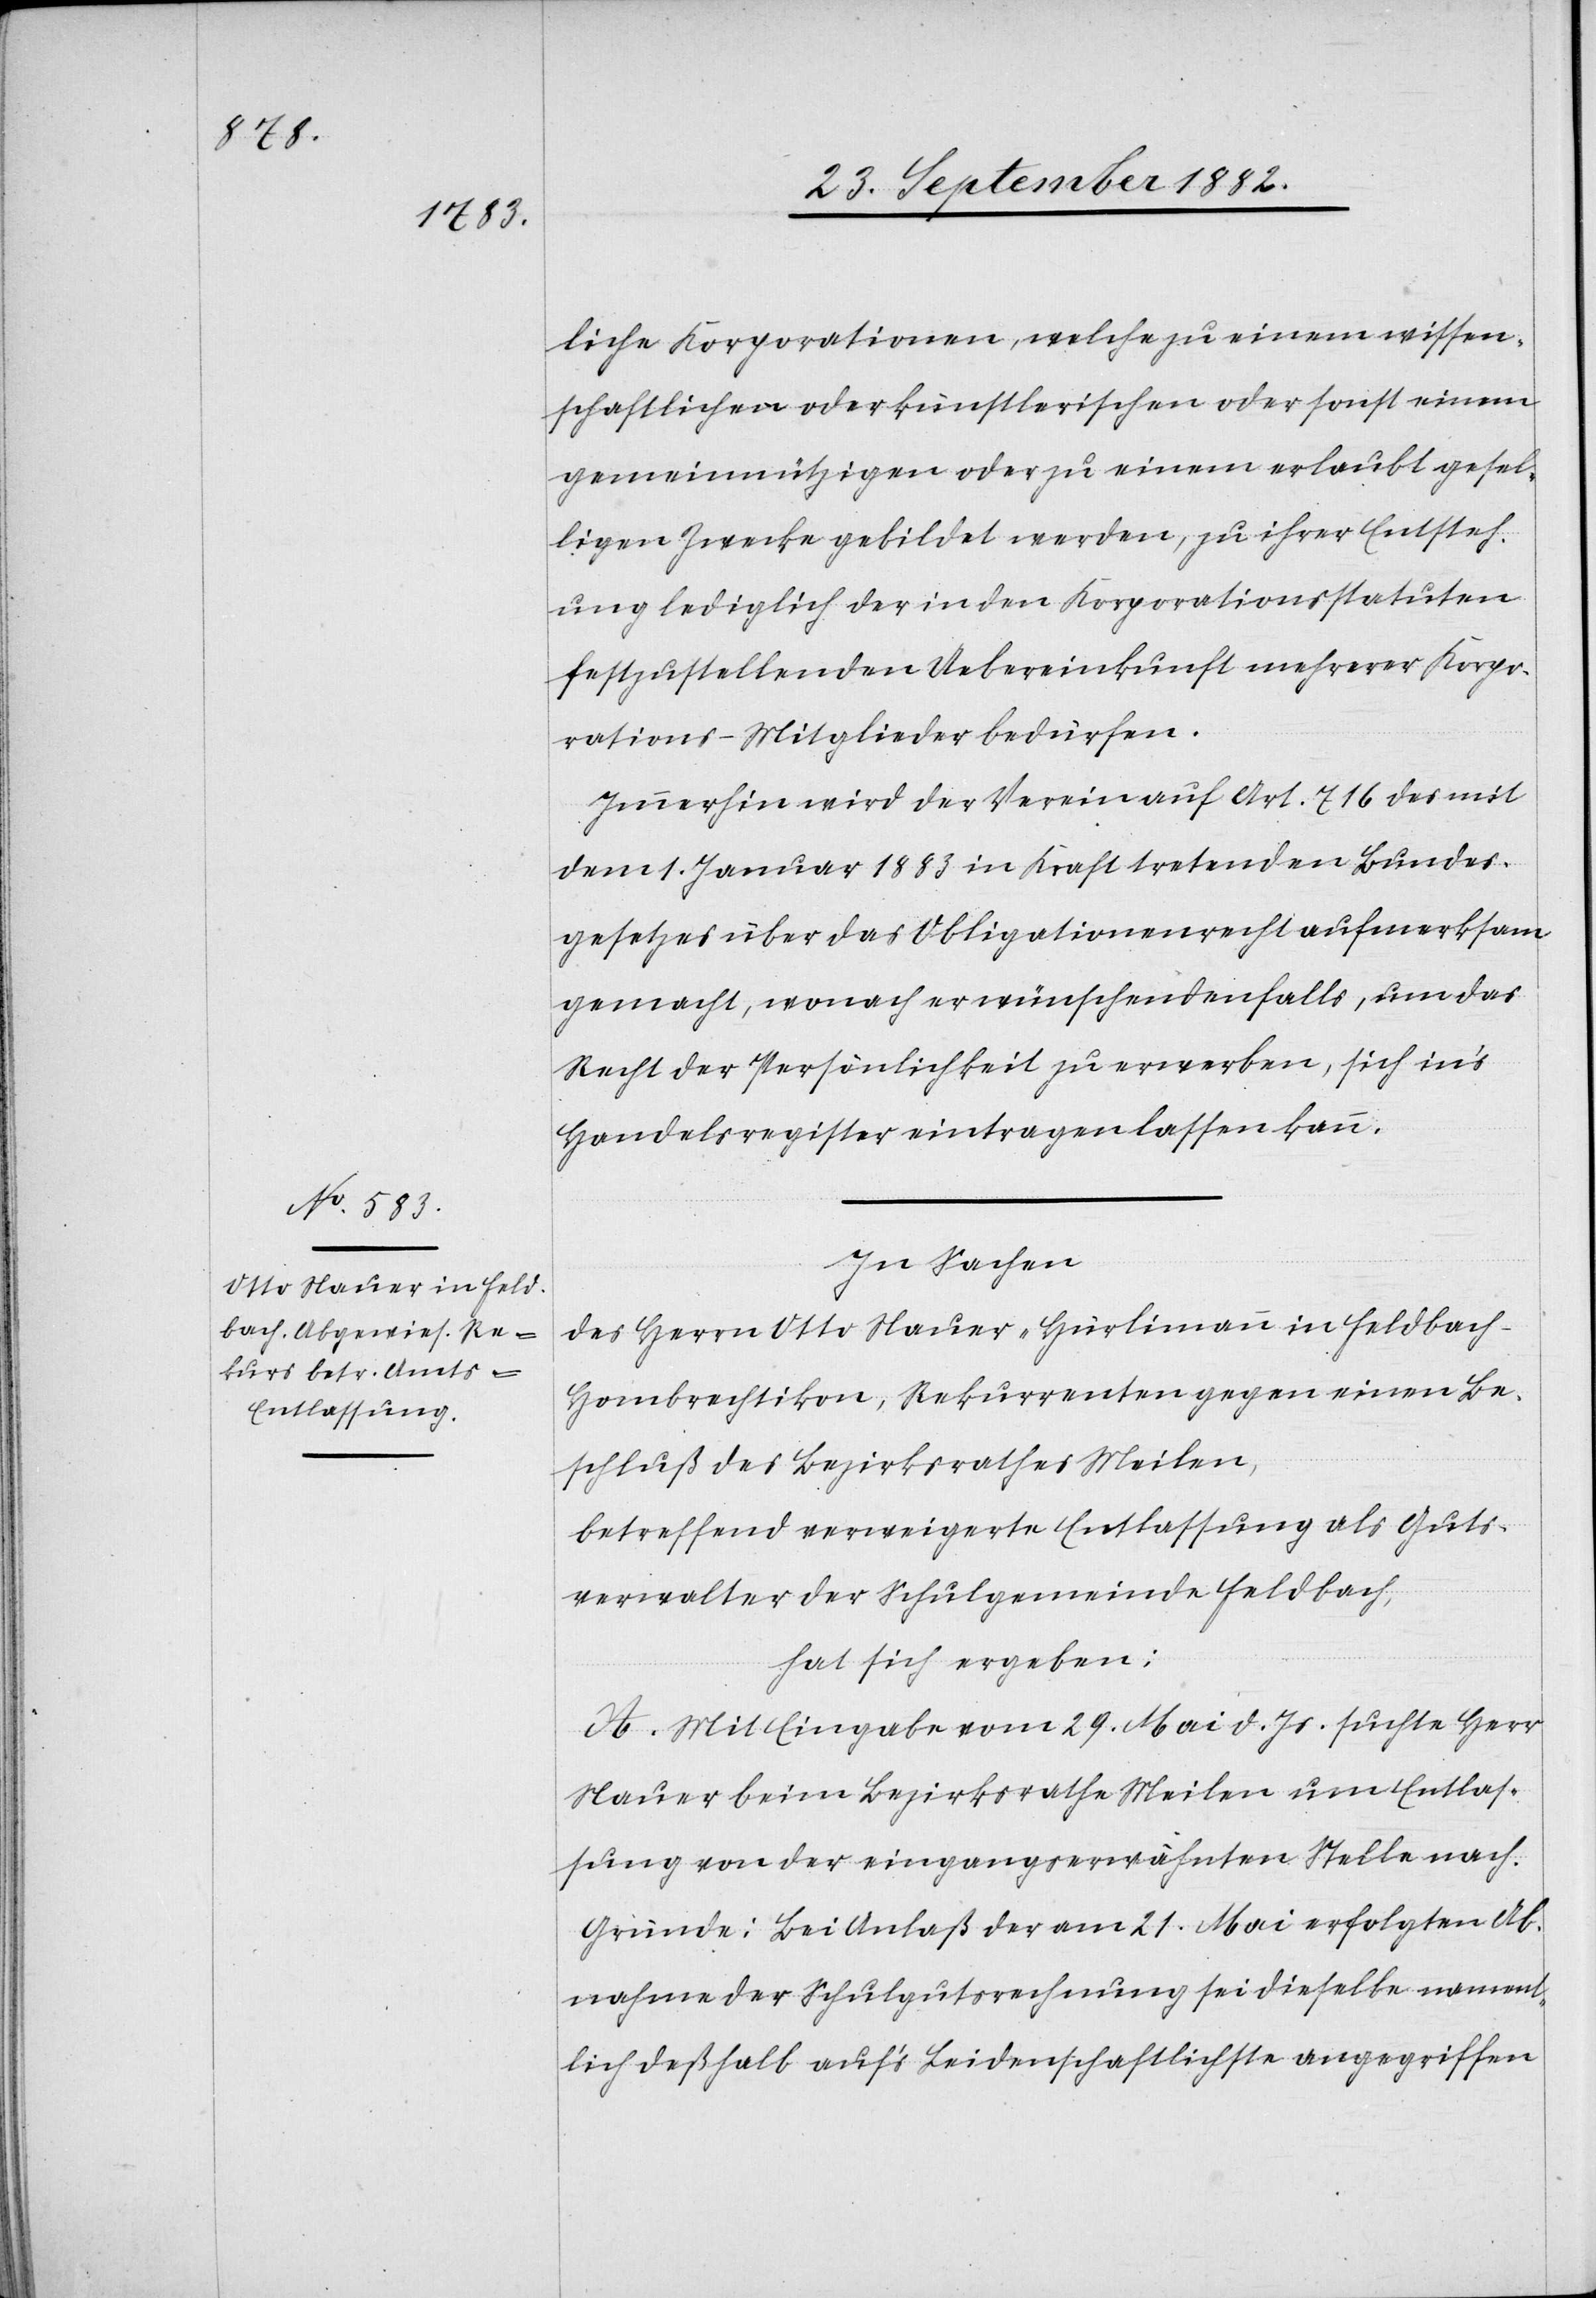
liche Korporationen, welche zu einem wissen¬
schaftlichen oder künstlerischen oder sonst einem
gemeinnützigen oder zu einem erlaubt gesel¬
ligen Zwecke gebildet werden, zu ihrer Entsteh¬
ung lediglich der in den Korporationsstatuten
festzustellenden Uebereinkunft mehrerer Korpo¬
rations-Mitglieder bedürfen.
Immerhin wird der Verein auf Art. 716 des mit
dem 1. Januar 1883 in Kraft tretenden Bundes¬
gesetzes über das Obligationenrecht aufmerksam
gemacht, wonach er wünschendenfalls, um das
Recht der Persönlichkeit zu erwerben, sich in’s
Handelsregister eintragen lassen kann.
In Sachen
des Herrn Otto Mauer-Hürlimann [sic!] in Feldbach
Hombrechtikon, Rekurrenten gegen einen Be¬
schluß des Bezirksrathes Meilen,
betreffend verweigerte Entlassung als Guts¬
verwalter der Schulgemeinde Feldbach,
hat sich ergeben:
A. Mit Eingabe vom 29. Mai d. Js. suchte Herr
Mauer beim Bezirksrathe Meilen um Entlas¬
sung von der eingangserwähnten Stelle nach.
Gründe: Bei Anlaß der am 21. Mai erfolgten Ab¬
nahme der Schulgutsrechnung sei dieselbe nament¬
lich deßhalb auf’s Leidenschaftlichste angegriffen